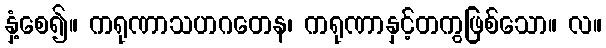
နှံ့စေ၍။ ကရုဏာသဟဂတေန၊ ကရုဏာနှင့်တကွဖြစ်သော။ လ။